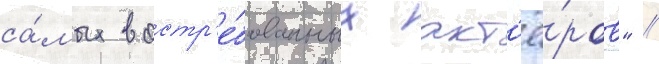
са́мых востр'е́бованных акт'ё́ров" //